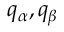
{ { q } _ { \alpha } } , { { q } _ { \beta } }